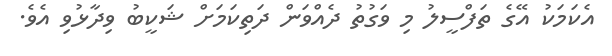
އެކަމަކު އޭގެ ތަފްސީލު މި ވަގުތު ދެއްވަން ދަތިކަމަށް ޝަކީބު ވިދާޅުވި އެވެ.